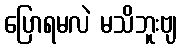
ပြောရမလဲ မသိဘူးဗျ